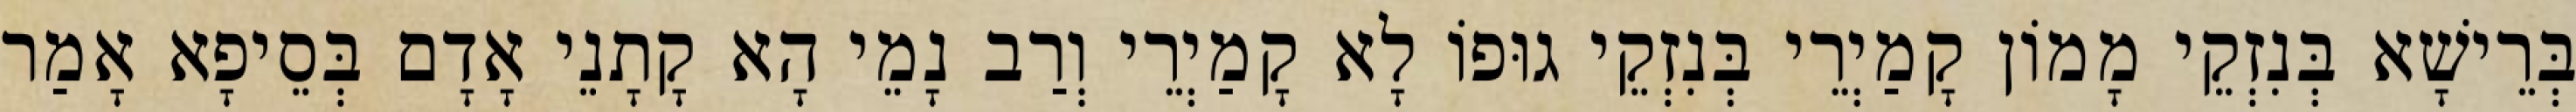
בְּרֵישָׁא בְּנִזְקֵי מָמוֹן קָמַיְרֵי בְּנִזְקֵי גוּפוֹ לָא קָמַיְרֵי וְרַב נָמֵי הָא קָתָנֵי אָדָם בְּסֵיפָא אָמַר